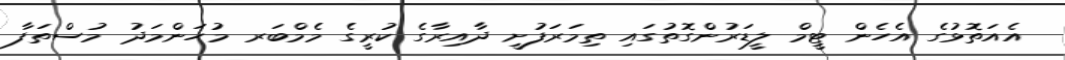
އެއަތޮޅުގެ އެހެން ޓީމް ލީޑަރުންގޮތުގައި ތިމަރަފުށީ ދާއިރާގެ ކުރީގެ މެމްބަރ މުހަންމަދު މުސްތަފާ